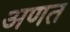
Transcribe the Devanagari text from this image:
अणत